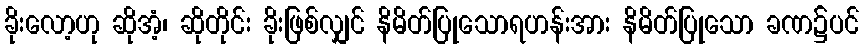
ခိုးလော့ဟု ဆိုအံ့၊ ဆိုတိုင်း ခိုးဖြစ်လျှင် နိမိတ်ပြုသောရဟန်းအား နိမိတ်ပြုသော ခဏ၌ပင်